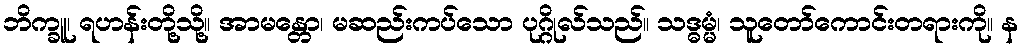
ဘိက္ခူ၊ ရဟန်းတို့သို့။ အာမန္တော၊ မဆည်းကပ်သော ပုဂ္ဂိုလ်သည်။ သဒ္ဓမ္မံ၊ သူတော်ကောင်းတရားကို။ န